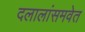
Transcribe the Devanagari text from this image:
दलालांसमवेत